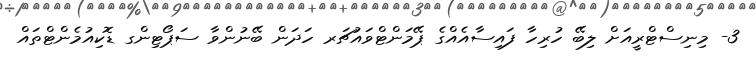
3- މިނިސްޓްރީއަށް ލިބޭ ހުރިހާ ފައިސާއެއްގެ ޕޭމަންޓްވައުޗަރ ހަދަން ބޭނުންވާ ސަޕޯޓިންގ ޑޮކިއުމެންޓްތައް